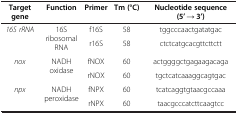
| Target gene | Function | Primer | Tm (°C) | Nucleotide sequence (5’ → 3’) |
 | --- | --- | --- | --- | --- |
 | <ROWSPAN=2> 16S rRNA | <ROWSPAN=2> 16S ribosomal RNA | f16S | 58 | tggcccaactgatatgac |
 | r16S | 58 | ctctcatgcacgttcttctt |
 | <ROWSPAN=2> nox | <ROWSPAN=2> NADH oxidase | fNOX | 60 | actggggctgagaagacaga |
 | rNOX | 60 | tgctcatcaaaggcagtgac |
 | <ROWSPAN=2> npx | <ROWSPAN=2> NADH peroxidase | fNPX | 60 | tcatcaggtgtaacgccaaa |
 | rNPX | 60 | taacgcccatcttcaagtcc |